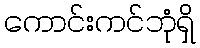
ကောင်းကင်ဘုံရှိ